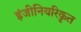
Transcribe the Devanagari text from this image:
इंजीनियरिकृत